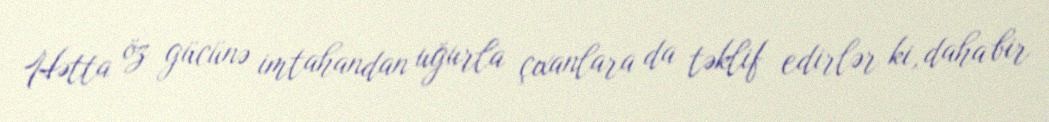
Hətta öz gücünə imtahandan uğurla çıxanlara da təklif edirlər ki, daha bir